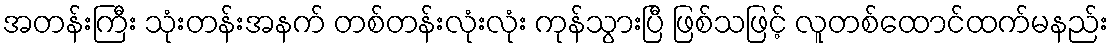
အတန်းကြီး သုံးတန်းအနက် တစ်တန်းလုံးလုံး ကုန်သွားပြီ ဖြစ်သဖြင့် လူတစ်ထောင်ထက်မနည်း